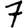
Digit: 7